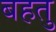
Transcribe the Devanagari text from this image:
बहतु